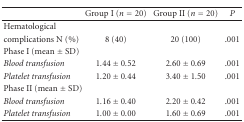
<table><thead><tr><td></td><td><b>Group I (<i>n</i> = 20)</b></td><td><b>Group II (<i>n</i> = 20)</b></td><td><b><i>P</i></b></td></tr></thead><tbody><tr><td>Hematological</td><td></td><td></td><td></td></tr><tr><td>complications N (%)</td><td>8 (40)</td><td>20 (100)</td><td>.001</td></tr><tr><td>Phase I (mean ± SD)</td><td></td><td></td><td></td></tr><tr><td><i>Blood transfusion</i></td><td>1.44 ± 0.52</td><td>2.60 ± 0.69</td><td>.001</td></tr><tr><td><i>Platelet transfusion</i></td><td>1.20 ± 0.44</td><td>3.40 ± 1.50</td><td>.001</td></tr><tr><td>Phase II (mean ± SD)</td><td></td><td></td><td></td></tr><tr><td><i>Blood transfusion</i></td><td>1.16 ± 0.40</td><td>2.20 ± 0.42</td><td>.001</td></tr><tr><td><i>Platelet transfusion</i></td><td>1.00 ± 0.00</td><td>1.60 ± 0.69</td><td>.001</td></tr></tbody></table>